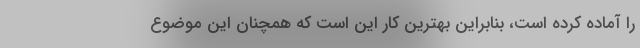
را آماده کرده است، بنابراین بهترین کار این است که همچنان این موضوع